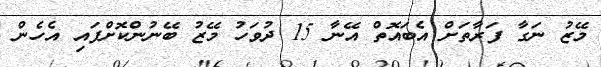
މޭޒު ނަގާ ފަރާތަށް އެބައޮތް އޭނާ 15 ދުވަހު މޭޒު ބޭނުންކޮށްފައި އެހެން